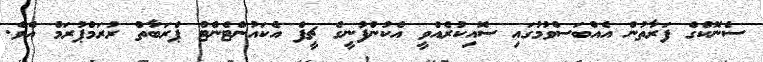
ސެނޮކްގެ ފަރާތުން އެއްބަސްވުމުގައި ސޮއިކުރެއްވީ އެކުންފުނީގެ ޗީފް އެކައުންޓެންޓް ޕްރަބާތް ރުރަމްޕުރަމް އެވެ.